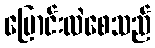
ပြောင်းလဲစေသည်